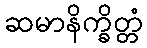
ဆမာနိက္ခိတ္တံ